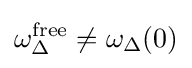
\omega _{\Delta }^{\text{free}}\neq \omega _{\Delta }(0)